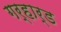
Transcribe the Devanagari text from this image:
गर्हार्ड